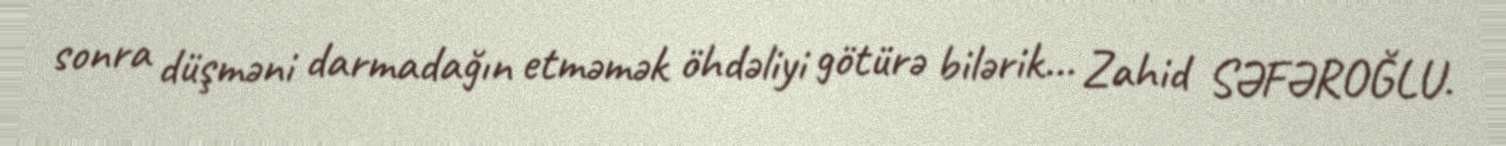
sonra düşməni darmadağın etməmək öhdəliyi götürə bilərik... Zahid SƏFƏROĞLU.